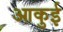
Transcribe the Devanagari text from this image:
आकुई